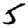
Digit: 5